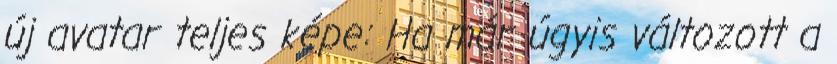
új avatar teljes képe: Ha már úgyis változott a